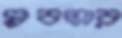
প্লবতার